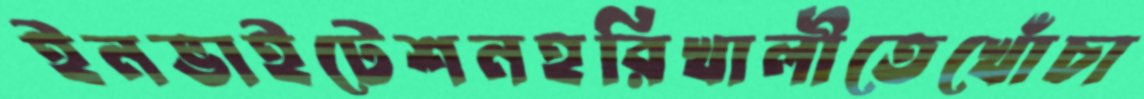
ইনভাইটেশনহরিখালীতেখোঁচা